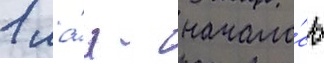
1 ма́я - начало́сь